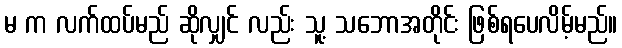
မ က လက်ထပ်မည် ဆိုလျှင် လည်း သူ့ သဘောအတိုင်း ဖြစ်ရပေလိမ့်မည်။